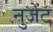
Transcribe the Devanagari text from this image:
नुजेंट